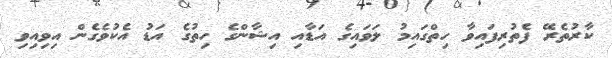
ކާރުތެރޭ ފެތުރިފައިވާ ހިތްގައިމު ލަވައިގެ އަޑާއި އިޝާންގެ ހިތުގެ އަޑު އެކުވެގެން އިވިއިވި